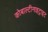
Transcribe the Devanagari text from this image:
कोबाल्टीनाइट्राइट